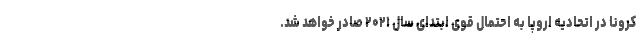
کرونا در اتحادیه اروپا به احتمال قوی ابتدای سال ۲۰۲۱ صادر خواهد شد.